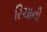
રિચાની